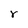
Character: r